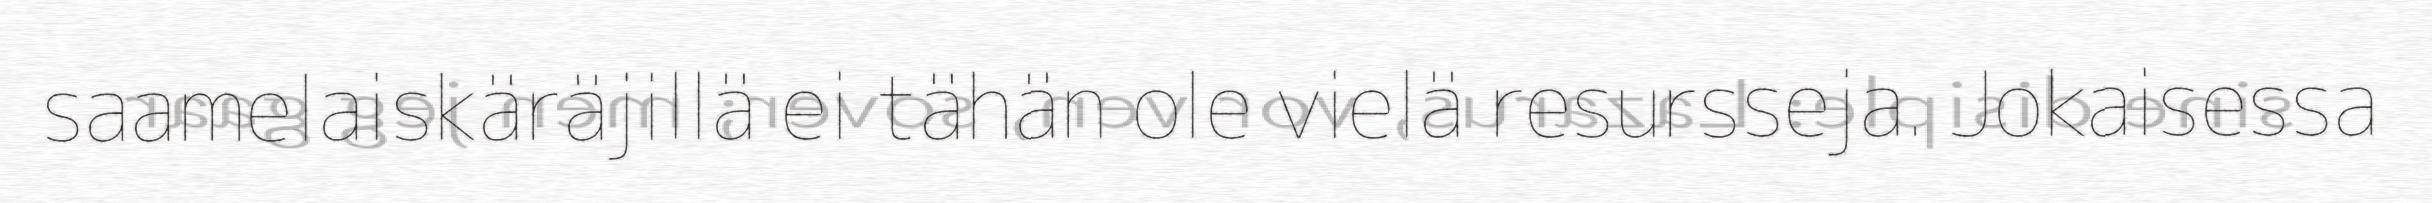
saamelaiskäräjillä ei tähän ole vielä resursseja. Jokaisessa